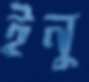
ইনু